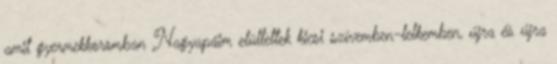
amit gyermekkoromban Nagyapáim elültettek kicsi szívemben-lelkemben, újra és újra